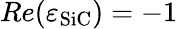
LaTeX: Re(\varepsilon_{\mathrm{SiC}})=-1